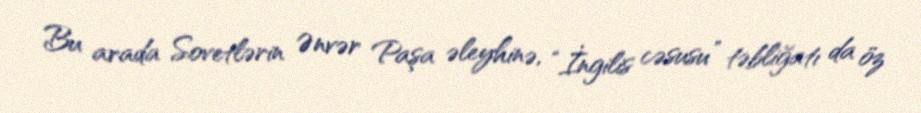
Bu arada Sovetlərin Ənvər Paşa əleyhinə, “İngilis cəsusu” təbliğatı da öz